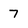
Character: 7